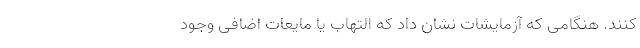
کنند. هنگامی که آزمایشات نشان داد که التهاب یا مایعات اضافی وجود